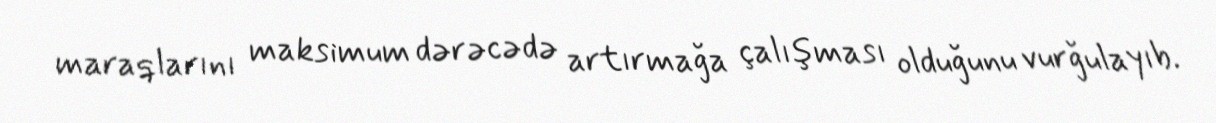
maraqlarını maksimum dərəcədə artırmağa çalışması olduğunu vurğulayıb.